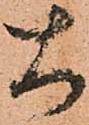
大